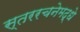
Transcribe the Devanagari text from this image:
स्तररचनेमद्धे